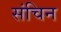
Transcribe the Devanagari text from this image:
संचिन